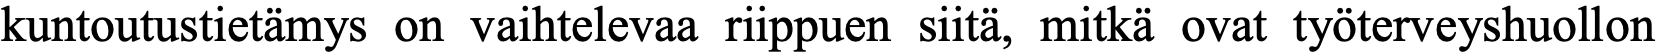
kuntoutustietämys on vaihtelevaa riippuen siitä, mitkä ovat työterveyshuollon